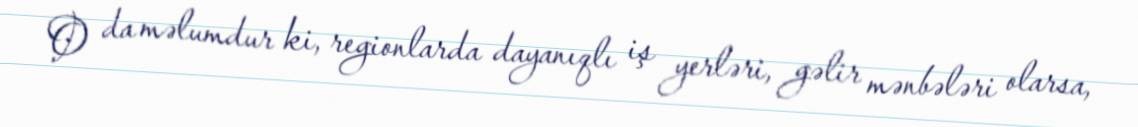
O da məlumdur ki, regionlarda dayanıqlı iş yerləri, gəlir mənbələri olarsa,